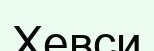
Хевси